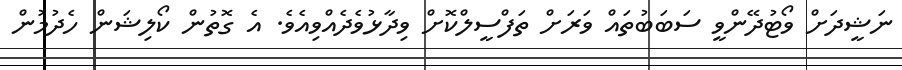
ނަޝީދަށް ވޯޓުދޭންވީ ސަބަބުތައް ވަރަށް ތަފްސީލްކޮށް ވިދާޅުވެދެއްވިއެވެ. އެ ގޮތުން ކޯލިޝަން ހެދުމުން